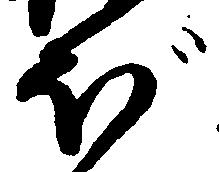
ぼ